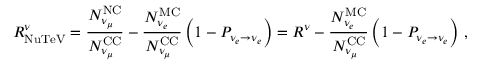
R _ { \mathrm { N u T e V } } ^ { \nu } = \frac { N _ { \nu _ { \mu } } ^ { \mathrm { N C } } } { N _ { \nu _ { \mu } } ^ { \mathrm { C C } } } - \frac { N _ { \nu _ { e } } ^ { \mathrm { M C } } } { N _ { \nu _ { \mu } } ^ { \mathrm { C C } } } \left( 1 - P _ { \nu _ { e } \to \nu _ { e } } \right) = R ^ { \nu } - \frac { N _ { \nu _ { e } } ^ { \mathrm { M C } } } { N _ { \nu _ { \mu } } ^ { \mathrm { C C } } } \left( 1 - P _ { \nu _ { e } \to \nu _ { e } } \right) \, ,